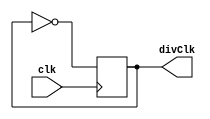
module divClk(clk, divClk);
input wire clk;
output reg divClk = 0;

always@(posedge clk)
begin
	divClk <= !divClk;
end

endmodule